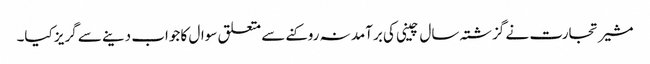
مشیر تجارت نے گزشتہ سال چینی کی برآمد نہ روکنے سے متعلق سوال کا جواب دینے سے گریز کیا۔